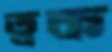
ত্বক